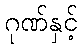
ဂုဏ်နှင့်